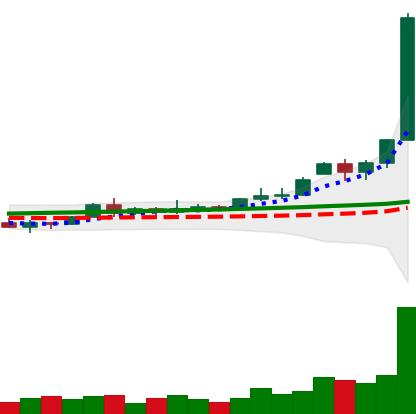
Ticker: XRP-USD
Chart end date: 2020-11-21
Forward return: 16.292%
Label: up_7plus